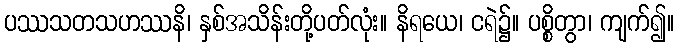
ပဿသတသဟဿနိ၊ နှစ်အသိန်းတို့ပတ်လုံး။ နိရယေ၊ ငရဲ၌။ ပစ္စိတွာ၊ ကျက်၍။